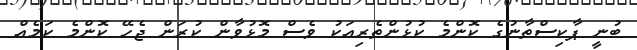
ބުނީ ޕާކިސްތާނުގެ ކޮންމެ ކުޅުންތެރިއަކު ވެސް މޮޅުވާން ކުރަން ޖެހޭ ކޮންމެ ކަމެއް